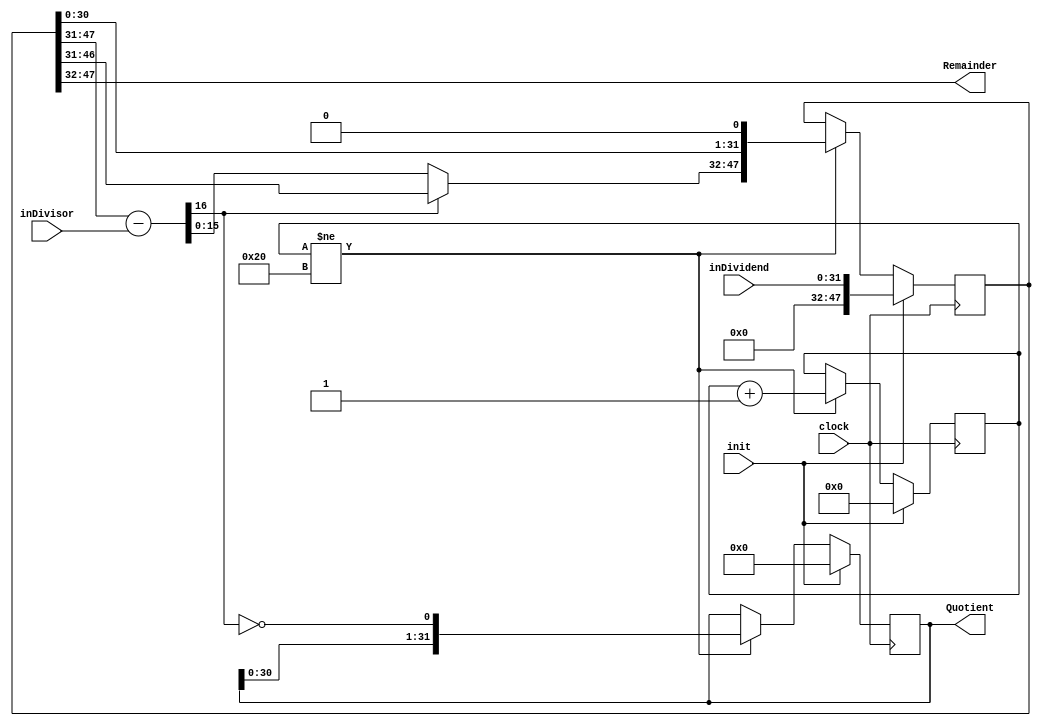
module fixed_divider(inDividend, inDivisor, init, clock, Quotient, Remainder
	);

	// Assigning ports as in/out
	input [31:0] inDividend;
	input [15:0] inDivisor;
	input init, clock;
	output [31:0] Quotient;
	output [15:0] Remainder;

	// Initialising required registers
	reg [47:0] Dividend;
	reg [31:0] Q;
	reg [5:0] count;
	initial begin
		Dividend 	= {48{1'b0}};
		Q 				= {32{1'b0}};
		count 		= 6'b000000;
	end

	// Initialising required wires
	wire [16:0] diff = Dividend[47:31] - {1'b0, inDivisor};
	wire Q_n	= ~diff[16];
	wire [16:0] Dividend_n1 = (diff[16]) ? Dividend[47:31] : diff;
	wire [47:0] Dividend_n2 = {Dividend_n1, Dividend[30:0]};
	wire [47:0] Dividend_n = Dividend_n2 << 1'b1;
	
	// Assigning outputs
	assign Quotient = Q;
	assign Remainder = Dividend[47:32];
	
	// Main sequential logic
	always @(posedge clock)
	begin
		if (init == 1)
		begin
			Dividend = {{16{1'b0}}, inDividend};
			Q = {32{1'b0}};
			count = 6'b000000;
		end

		else
		begin
			if (count != 6'b100000)
			begin
				Q = {Q[30:0], Q_n};
				Dividend = Dividend_n;	
				count = count + 6'b000001;
			end
		end
	end

endmodule